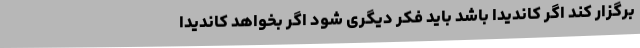
برگزار کند اگر کاندیدا باشد باید فکر دیگری شود اگر بخواهد کاندیدا